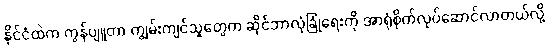
နိုင်ငံထဲက ကွန်ပျူတာ ကျွမ်းကျင်သူတွေက ဆိုင်ဘာလုံခြုံရေးကို အာရုံစိုက်လုပ်ဆောင်လာတယ်လို့